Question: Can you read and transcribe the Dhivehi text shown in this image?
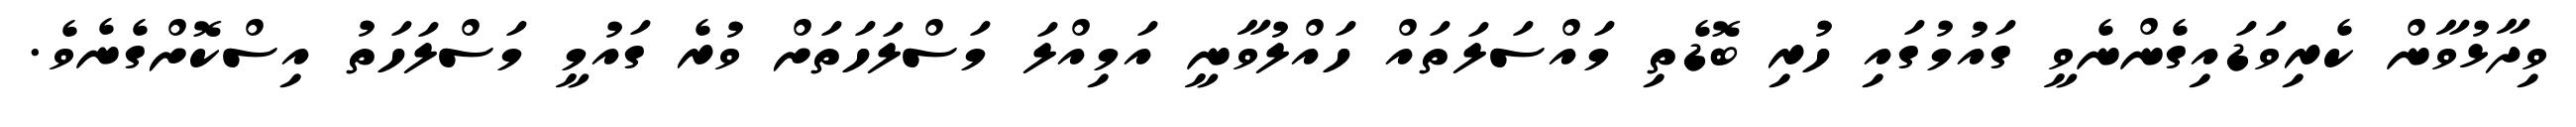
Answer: ވިދާޅުވާން ކެރިވަޑައިގެންނެވީ ގައުމުގައި ހުރި ބޮޑެތި މައްސަލަތައް ހައްލުވާނީ އަމިއްލަ މަސްލަހަތަށް ވުރެ ގައުމީ މަސްލަހަތު އިސްކޮށްގެނެވެ.